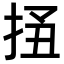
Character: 𢬟